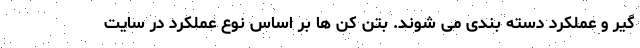
گیر و عملکرد دسته بندی می شوند. بتن کن ها بر اساس نوع عملکرد در سایت